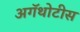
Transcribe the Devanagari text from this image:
अगॅथोटीस